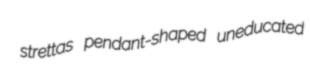
strettas pendant-shaped uneducated